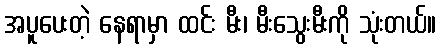
အပူပေးတဲ့ နေရာမှာ ထင်း မီး၊ မီးသွေးမီးကို သုံးတယ်။